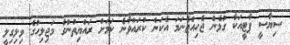
ސިޔާސީ ޕާޓީއަކާ ގުޅެން ޖެހިއްޖެނަމަ އެކަން ކުރައްވާނެ ކަމަށް ރައްޔިތުންގެ މަޖިލިހުގެ ވިލިގިލީ